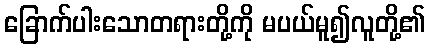
ခြောက်ပါးသောတရားတို့ကို မပယ်မူ၍လူတို့၏